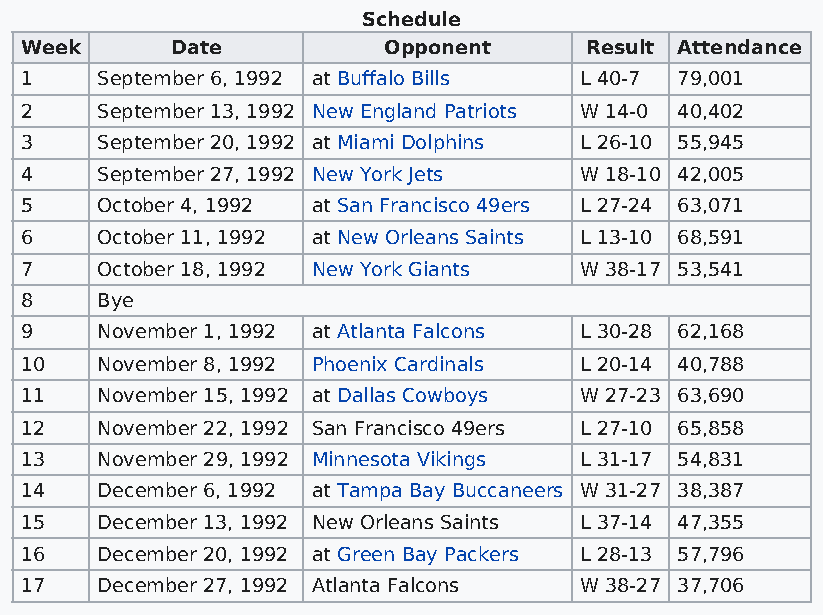
Schedule
 Week      Date          Opponent      Result Attendance
 1    September 6, 1992 at Buffalo Bills L 40-7 79,001
 2    September 13, 1992 New England Patriots W 14-0 40,402
 3    September 20, 1992 at Miami Dolphins L 26-10 55,945
 4    September 27, 1992 New York Jets W 18-10 42,005
 5    October 4, 1992 at San Francisco 49ers L 27-24 63,071
 6    October 11, 1992 at New Orleans Saints L 13-10 68,591
 7    October 18, 1992 New York Giants W 38-17 53,541
 8    Bye
 9    November 1, 1992 at Atlanta Falcons L 30-28 62,168
 10   November 8, 1992 Phoenix Cardinals L 20-14 40,788
 11   November 15, 1992 at Dallas Cowboys W 27-23 63,690
 12   November 22, 1992 San Francisco 49ers L 27-10 65,858
 13   November 29, 1992 Minnesota Vikings L 31-17 54,831
 14   December 6, 1992 at Tampa Bay Buccaneers W 31-27 38,387
 15   December 13, 1992 New Orleans Saints L 37-14 47,355
 16   December 20, 1992 at Green Bay Packers L 28-13 57,796
 17   December 27, 1992 Atlanta Falcons W 38-27 37,706